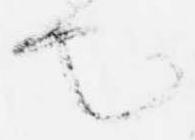
也